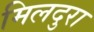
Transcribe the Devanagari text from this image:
मिलदुरा